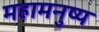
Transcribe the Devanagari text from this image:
महामनुष्य